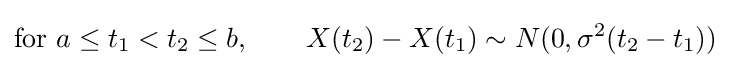
{\text{for }}a\leq t_{1}<t_{2}\leq b,\qquad X(t_{2})-X(t_{1})\sim N(0,\sigma ^{2}(t_{2}-t_{1}))